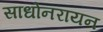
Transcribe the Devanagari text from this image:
साधोनरायन